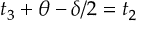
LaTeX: t _ { 3 } + \theta - \delta / 2 = t _ { 2 }